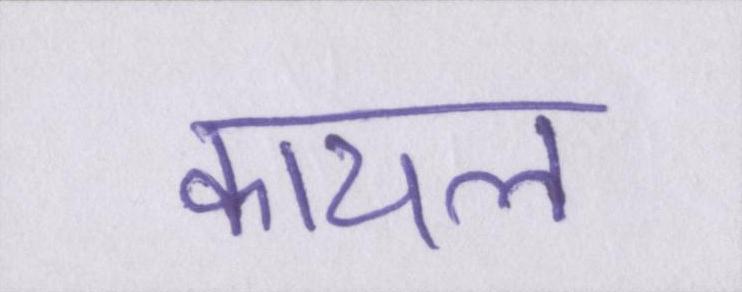
कायल